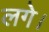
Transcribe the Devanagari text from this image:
लगे।